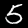
Digit: 5